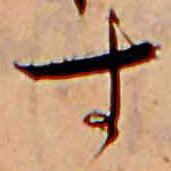
す